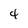
Character: 4